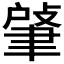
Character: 𦘟